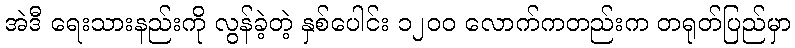
အဲဒီ ရေးသားနည်းကို လွန်ခဲ့တဲ့ နှစ်ပေါင်း ၁၂၀၀ လောက်ကတည်းက တရုတ်ပြည်မှာ